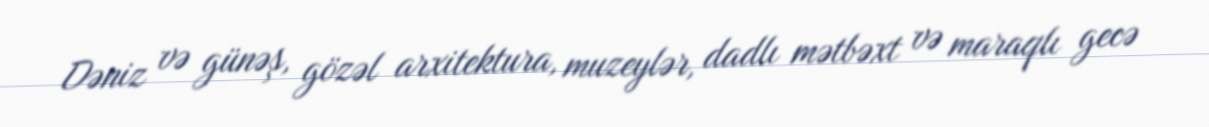
Dəniz və günəş, gözəl arxitektura, muzeylər, dadlı mətbəxt və maraqlı gecə